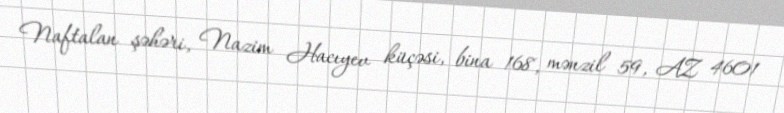
Naftalan şəhəri, Nazim Hacıyev küçəsi, bina 168, mənzil 59, AZ 4601